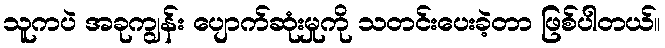
သူကပဲ အခုကျွန်း ပျောက်ဆုံးမှုကို သတင်းပေးခဲ့တာ ဖြစ်ပါတယ်။